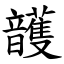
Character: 頀